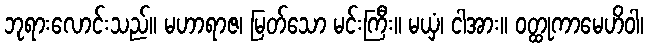
ဘုရားလောင်းသည်။ မဟာရာဇ၊ မြတ်သော မင်းကြီး။ မယှံ၊ ငါအား။ ဝတ္ထုကာမေဟိဝါ၊